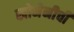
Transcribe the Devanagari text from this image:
खोमेनीची